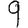
Digit: 9